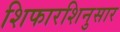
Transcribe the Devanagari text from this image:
शिफारशिनुसार